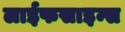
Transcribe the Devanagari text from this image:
लाईफसाइन्स